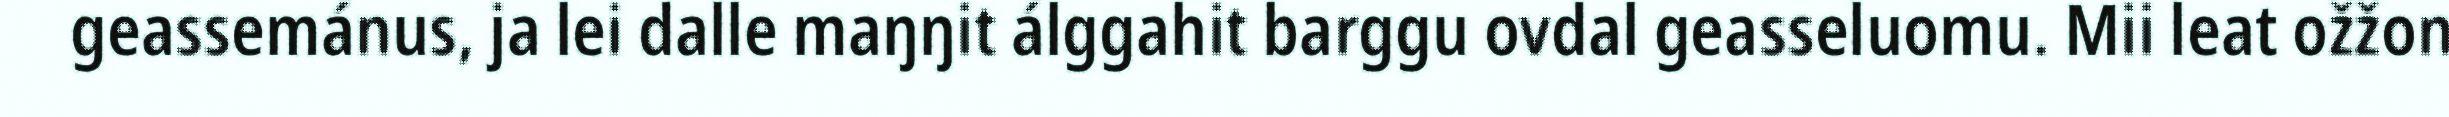
geassemánus, ja lei dalle maŋŋit álggahit barggu ovdal geasseluomu. Mii leat ožžon